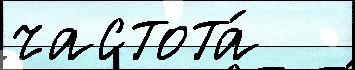
частота́